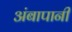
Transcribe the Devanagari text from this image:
अंबापानी